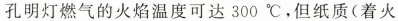
孔明灯燃气的火焰温度可达300℃，但纸质(着火